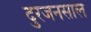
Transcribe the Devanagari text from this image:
दुरजनसाल